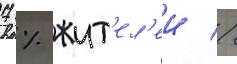
7 % жит'ел'еи //